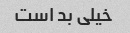
خیلی بد است